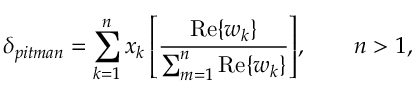
\delta _ { p i t m a n } = \sum _ { k = 1 } ^ { n } { x _ { k } \left[ { \frac { { \mathrm { R e } } \{ w _ { k } \} } { \sum _ { m = 1 } ^ { n } { { \mathrm { R e } } \{ w _ { k } \} } } } \right] } , \qquad n > 1 ,